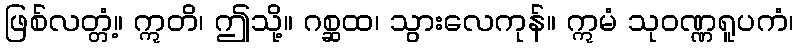
ဖြစ်လတ္တံ့။ ဣတိ၊ ဤသို့။ ဂစ္ဆထ၊ သွားလေကုန်။ ဣမံ သုဝဏ္ဏရူပကံ၊